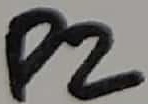
Text: P2